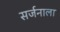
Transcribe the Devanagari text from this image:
सर्जनाला